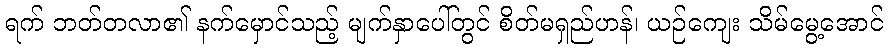
ရက် ဘတ်တလာ၏ နက်မှောင်သည့် မျက်နှာပေါ်တွင် စိတ်မရှည်ဟန်၊ ယဉ်ကျေး သိမ်မွေ့အောင်